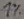
Text: 1%